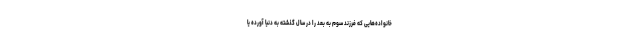
خانواده‌هایی که فرزند سوم به بعد را در سال گذشته به دنیا آورده یا